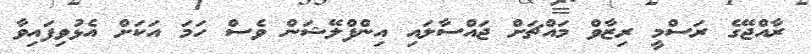
ރާއްޖޭގެ ރަސްމީ ރިޒާވް މައްޗަށް ޖައްސާލައި އިންފްލޭޝަން ވެސް ހަމަ އަކަށް އެޅުވިފައިވާ